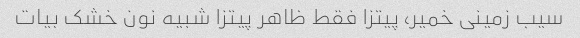
سیب زمینی خمیر، پیتزا فقط ظاهر پیتزا شبیه نون خشک بیات